Venemaal_asunud_Eesti_seltside_dokumendid, lk 26
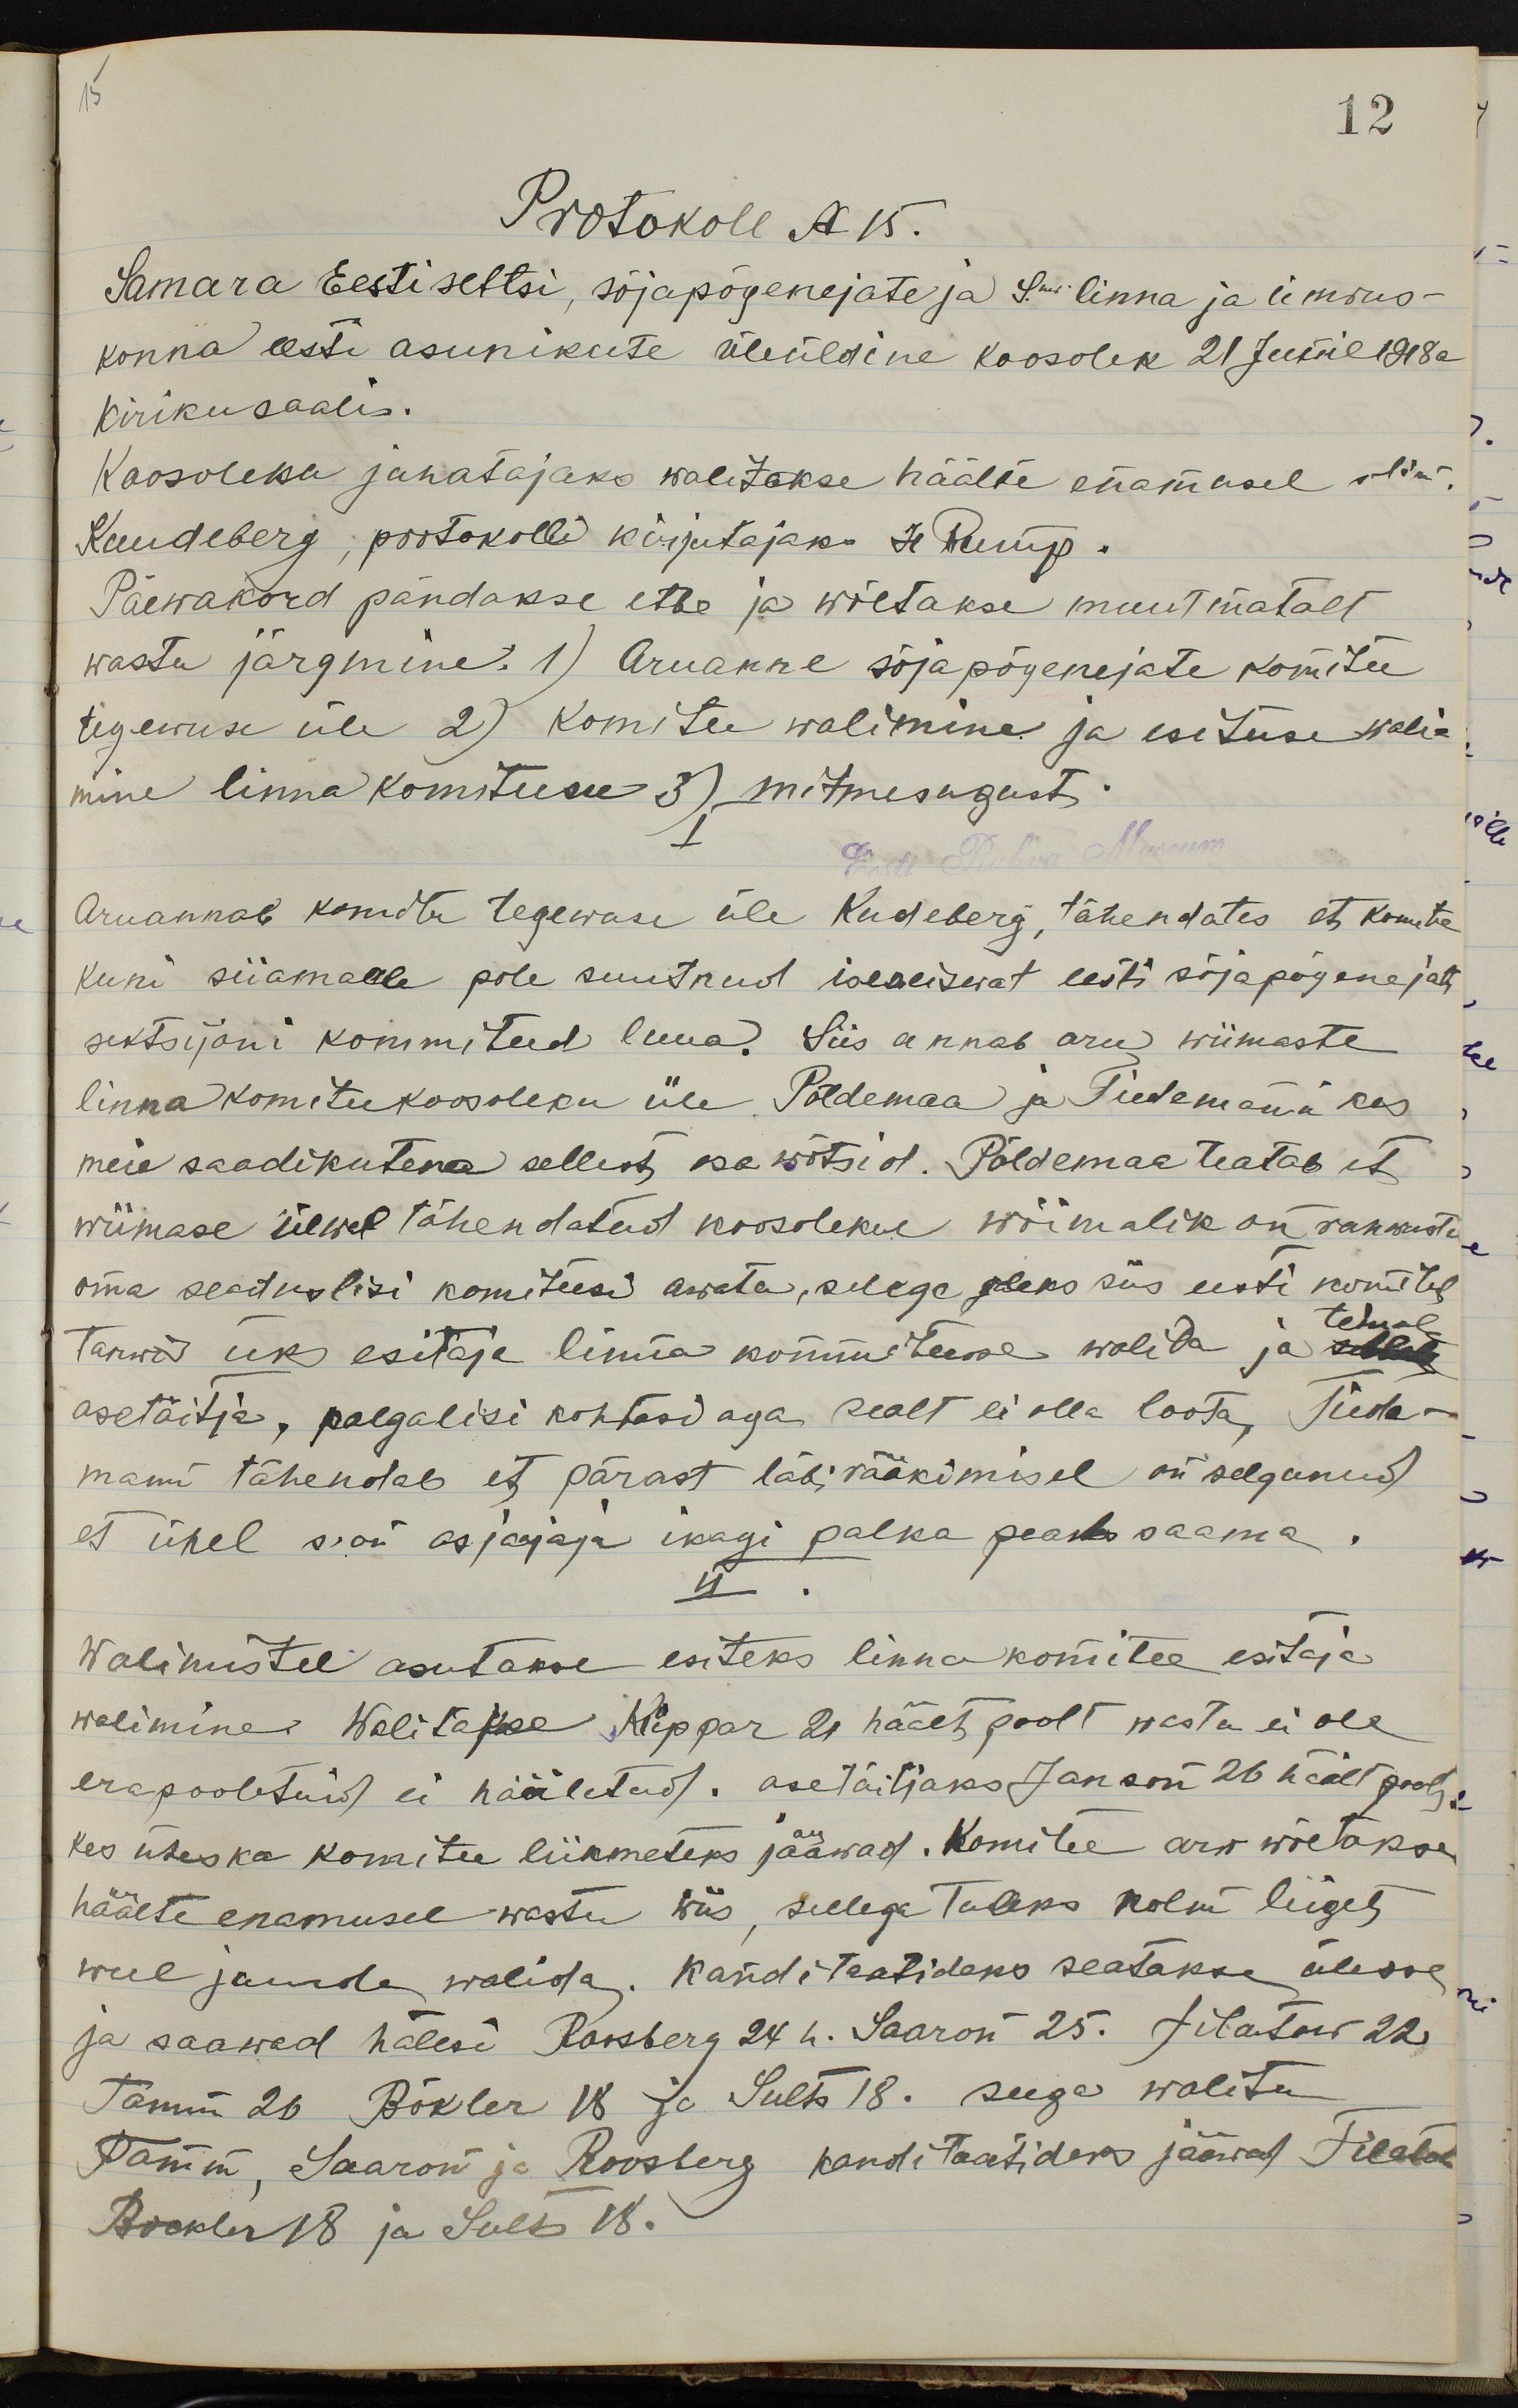
15

12
Protokoll N 15.
Samara Eesti seltsi, sõjapõgenejate ja Smr linna ja ümbrus-
konna eesti asunikute üleüldine koosolek 21 Juunil 1918 a
Kiriku saalis.
Koosoleku juhatajaks walitakse häälte enamusel olin
Kuudeberg, protokolli kirjutajaks H. Rump.
Päewakord pandakse ette ja wõetakse muutmatult
wastu järgmine: 1) Aruanne sõjapõgenejate komitee
tegewuse üle 2) komitee walimine ja esituse wali-
mine linna komiteesse 3) mitmesugust.
Eesti Rahvus Museum
Aruannab komitee tegewuse üle Kudeberg, tähendates et komitee
kuni siiamalle pole suutnud iseseiswat eesti sõjapõgenejate
sektsijoni kommiteed luua. Siis annab aru wiimaste
linna komiteekoosoleku üle Põldemaa ja Tiedemann kes
meie saadikutena sellest, osa wõtsid. Põldemaa teatab et
wiimase ülewal tähendatud koosolekus wõimalik on rahwuste
oma seaduslisi komiteesi awata, sellega oleks siis eesti komitee
tarwis üks esitaja linna kommiteesse walida ja rubla
temale
asetäitja, palgalisi kohtasi aga sealt ei olla loota Tiida-
mann tähendab et pärast läbi rääkimisel on selgunud
et ühel s. on asjajaja ikagi palka peaks saama.
II.
Walimistel asutakse esiteks linna komitee esitaja
walimine. Walitakse Kippar 21 häält poolt wasta ei ole
erapooletuid ei hääletud. asetäitjaks Janson 26 häelt poolt,
kes ühes ka komitee liikmeteks jääwad. Komitee arw wõetakse
häälte enamusel wastu wiis, sellega tuleks kolm liiget
weel juurde walida. Kanditaatideks seatakse ülesse
ja saawad hälesi Roosberg 24 h. Saaron 25. Filatow 22.
Tamm 26 Rökler 18 Ju Sults 18. seega walitu
Tamm, Saaron ja Roosberg kanditaatideks jääwad Filatow
Bockler 18 ja Sults 18.